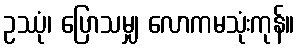
ဥဿုံ၊ ပြောသမျှ လောကမသုံးကုန်။